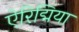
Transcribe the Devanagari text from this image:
ऐरिद्मिया